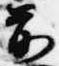
前